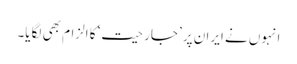
انہوں نے ایران پر ’جارحیت‘ کا الزام بھی لگایا۔